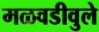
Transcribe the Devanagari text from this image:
मळवडीवुले